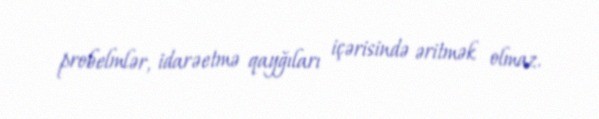
probelmlər, idarəetmə qayğıları içərisində əritmək olmaz.